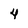
Character: 4